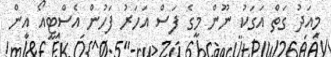
މިއަދު ގަތް އަގަކު ނޫން މީގެ ފަސް އަހަރު ފަހުން އެސްޓީއޯ އިން